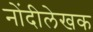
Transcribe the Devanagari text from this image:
नोंदीलेखक